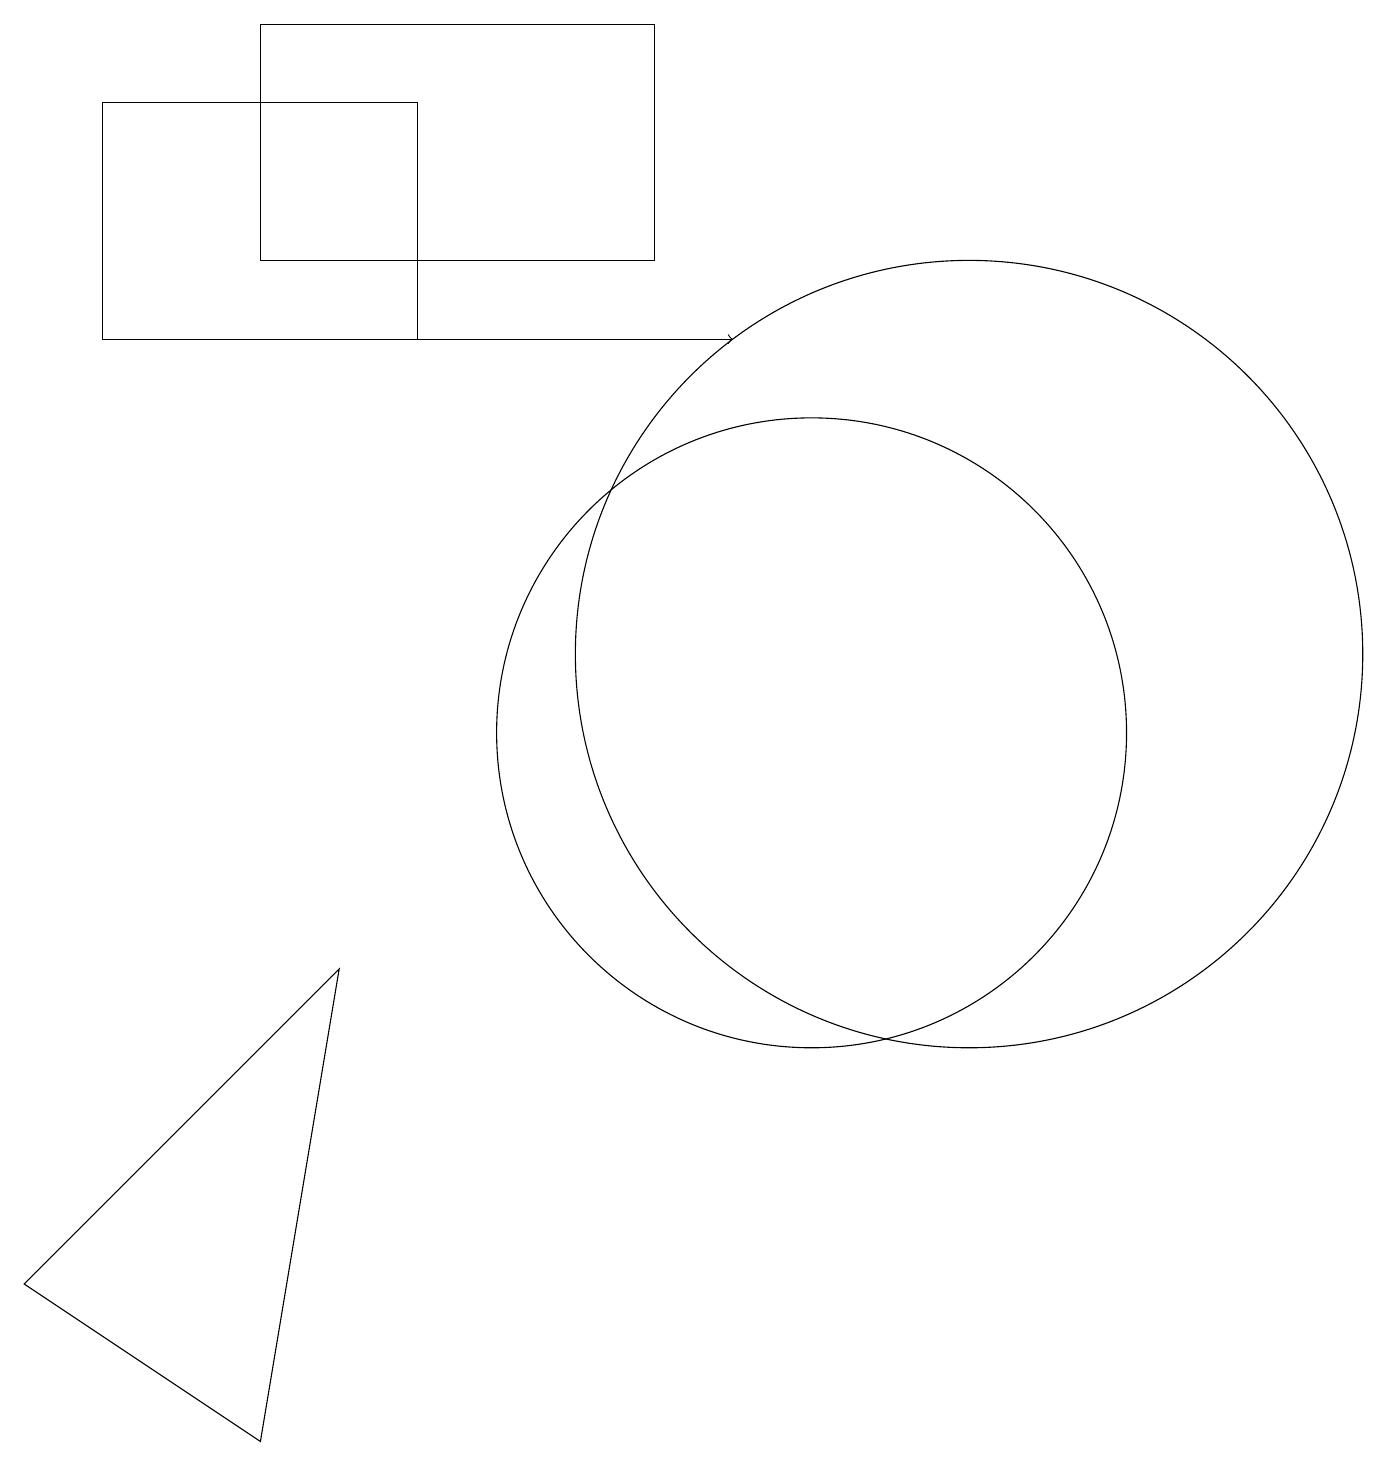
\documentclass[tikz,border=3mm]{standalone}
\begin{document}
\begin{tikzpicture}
\draw[->] (4,15) -- (9,15);
\draw (1,15) rectangle (5,18);
\draw (4,7) -- (0,3) -- (3,1) -- cycle;
\draw (10,10) circle (4);
\draw (12,11) circle (5);
\draw (3,16) rectangle (8,19);
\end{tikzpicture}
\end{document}